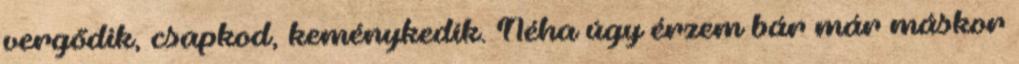
vergődik, csapkod, keménykedik. Néha úgy érzem bár már máskor